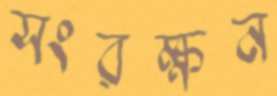
সংরক্ষন